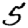
Digit: 5